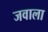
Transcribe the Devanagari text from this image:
जवाला